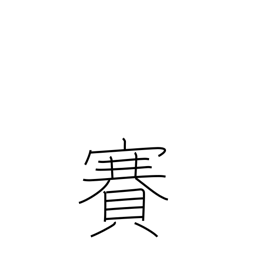
Meaning: temple visit